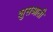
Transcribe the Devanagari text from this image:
शुसआती